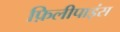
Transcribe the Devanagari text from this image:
फ़िलीपाइंस